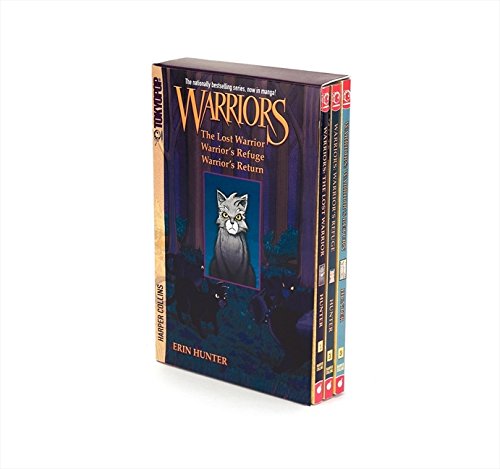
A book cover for Warriors Manga Box Set: Graystripe's Adventure (Warriors Manga: Graystripe's Trilogy); Erin Hunter; Comics & Graphic Novels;